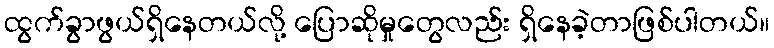
ထွက်ခွာဖွယ်ရှိနေတယ်လို့ ပြောဆိုမှုတွေလည်း ရှိနေခဲ့တာဖြစ်ပါတယ်။